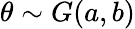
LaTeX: \theta\sim G(a,b)